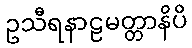
ဥသီရနာဠမတ္တာနိပိ